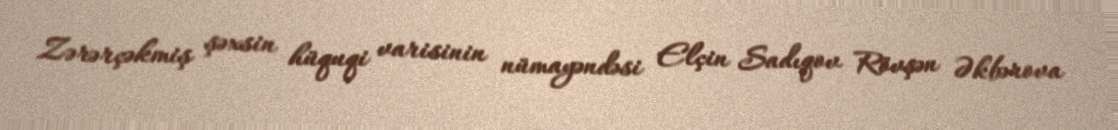
Zərərçəkmiş şəxsin hüquqi varisinin nümayəndəsi Elçin Sadıqov Rövşən Əkbərova